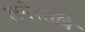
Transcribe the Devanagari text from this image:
लगे।रात्रि